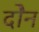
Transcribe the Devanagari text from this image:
दोेन